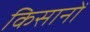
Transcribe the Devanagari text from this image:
किसानोँ